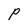
Character: P